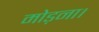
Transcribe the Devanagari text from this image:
मोड़ना।